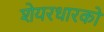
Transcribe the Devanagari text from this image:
शेयरधारको